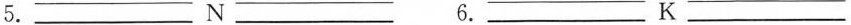
5.___N___ 6.___K___